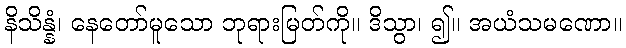
နိသိန္နံ၊ နေတော်မူသော ဘုရားမြတ်ကို။ ဒိသွာ၊ ၍။ အယံသမဏော။